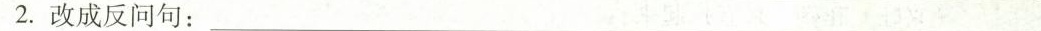
2.改成反问句：___